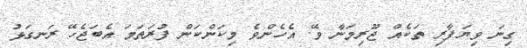
ގިނަ ވިޔަފާރި ތަކެއް ޖޫރިމަނާ ވޭ. އެހެންވެ މިކަންކަން ފުރަތަމަ އެބަޖެހޭ ރަނގަޅު